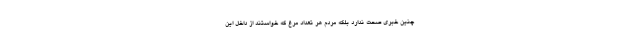
چنین خبری صحت ندارد بلکه مردم هر تعداد مرغ که خواستند از داخل این